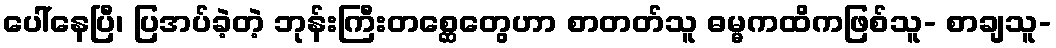
ပေါ်နေပြီ၊ ပြအပ်ခဲ့တဲ့ ဘုန်းကြီးတစ္ဆေတွေဟာ စာတတ်သူ ဓမ္မကထိကဖြစ်သူ- စာချသူ-